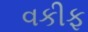
વકીફ